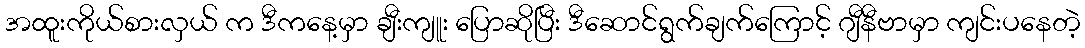
အထူးကိုယ်စားလှယ် က ဒီကနေ့မှာ ချီးကျူး ပြောဆိုပြီး ဒီဆောင်ရွက်ချက်ကြောင့် ဂျီနီဗာမှာ ကျင်းပနေတဲ့